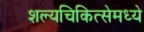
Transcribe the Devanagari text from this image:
शल्यचिकित्सेमध्ये